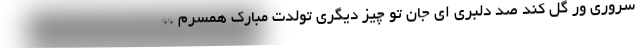
سروری ور گل کند صد دلبری ای جان تو چیز دیگری تولدت مبارک همسرم **